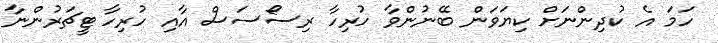
ހަމަ އެ ކުދިންނަށް ކިޔަވަން ބޭނުންވާ ހުރިހާ ރިސޯސަސް އާއި ހުރިހާ ޓީޗަރުންނާ